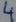
Text: 4